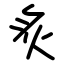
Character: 炙